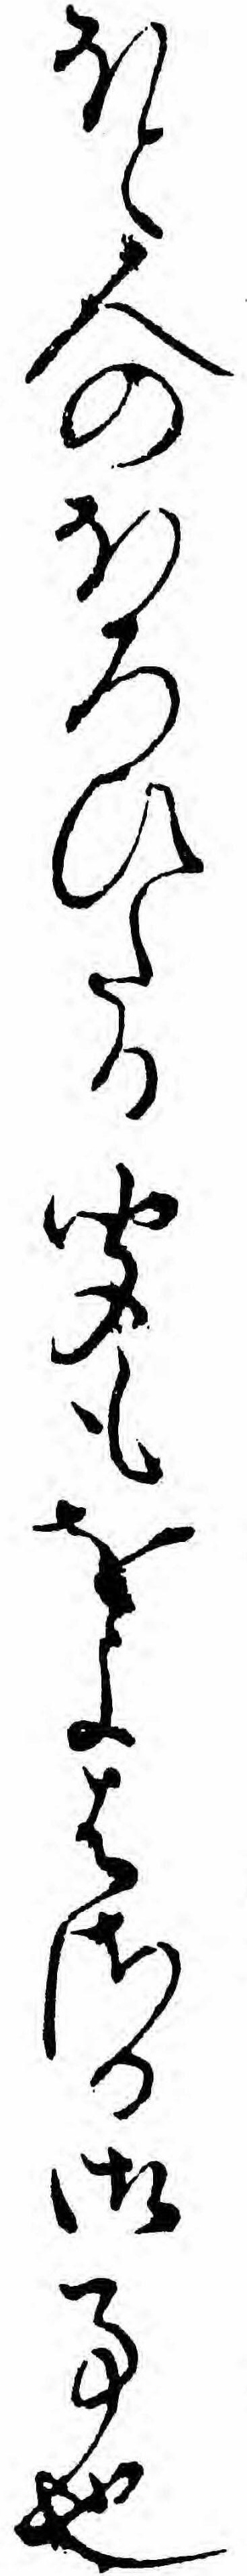
ほと人のほろひたる聞もをよはさる御事也